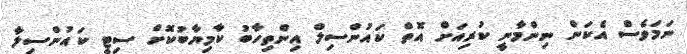
ނަމަވެސް އެކަން ނިންމާނީ ކުރިއަށް އޮތް ކައުންސިލް އިންތިހާބު ކާމިޔާބުކޮށް ސިޓީ ކައުންސިލާ